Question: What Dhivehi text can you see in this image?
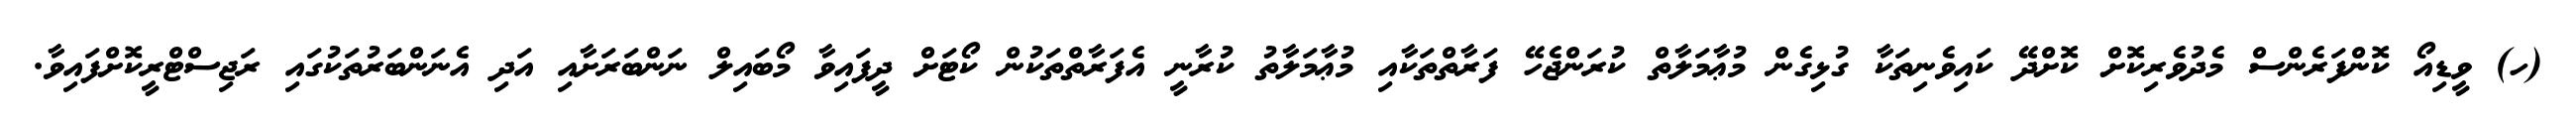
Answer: (ހ) ވީޑިއޯ ކޮންފަރެންސް މެދުވެރިކޮށް ކޮށްދޭ ކައިވެނިތަކާ ގުޅިގެން މުޢާމަލާތް ކުރަންޖެހޭ ފަރާތްތަކާއި މުޢާމަލާތު ކުރާނީ އެފަރާތްތަކުން ކޯޓަށް ދީފައިވާ މޯބައިލް ނަންބަރަށާއި އަދި އެނަންބަރުތަކުގައި ރަޖިސްޓްރީކޮށްފައިވާ.